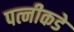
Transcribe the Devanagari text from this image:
पत्नीकडे